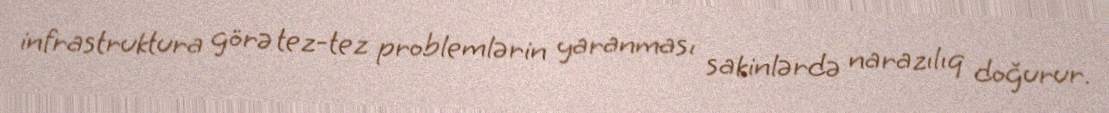
infrastruktura görə tez-tez problemlərin yaranması sakinlərdə narazılıq doğurur.